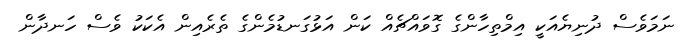
ނަމަވެސް ދުނިޔެއަކީ އިމްތިހާންގެ ގޮވައްޗެއް ކަން އަޅުގަނޑުމެންގެ ތެރެއިން އެކަކު ވެސް ހަނދާން